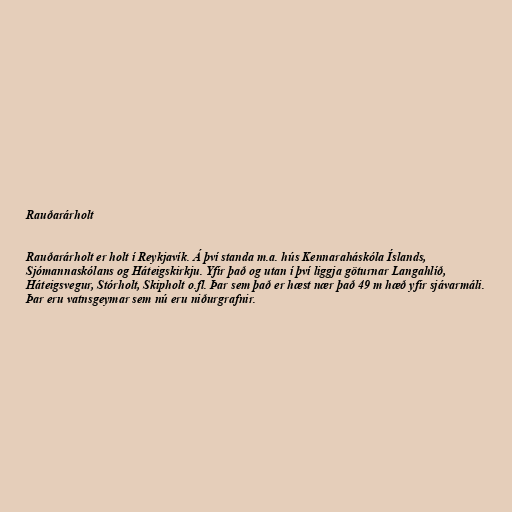
Rauðarárholt

Rauðarárholt er holt í Reykjavík. Á því standa m.a. hús Kennaraháskóla Íslands,
Sjómannaskólans og Háteigskirkju. Yfir það og utan í því liggja göturnar Langahlíð,
Háteigsvegur, Stórholt, Skipholt o.fl. Þar sem það er hæst nær það 49 m hæð yfir sjávarmáli.
Þar eru vatnsgeymar sem nú eru niðurgrafnir.